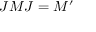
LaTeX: J M J = M ^ { \prime }